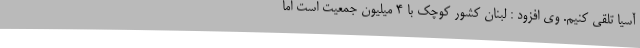
آسیا تلقی کنیم. وی افزود : لبنان کشور کوچک با 4 میلیون جمعیت است اما